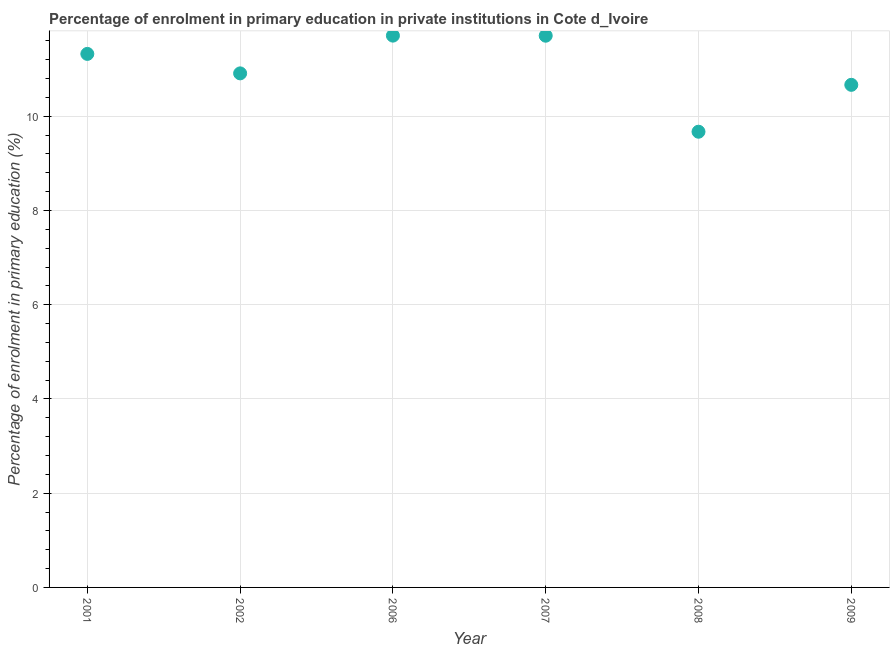
| Year | Enrolment  |
 | --- | --- |
 | 2001 | 11.3 |
 | 2002 | 10.9 |
 | 2006 | 11.7 |
 | 2007 | 11.7 |
 | 2008 | 9.67 |
 | 2009 | 10.7 |